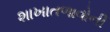
શાખાતળાવોની